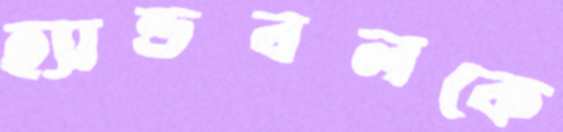
হ্যান্ডবলকে